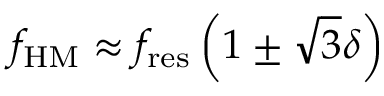
f _ { \mathrm { H M } } \approx f _ { \mathrm { r e s } } \left( 1 \pm \sqrt { 3 } \delta \right)